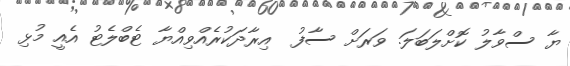
ޔާ ސްވާލު ކޮށްލަބަލަ. ވަރަށް ސާފު  އިރާދަކުރެއްވިއްޔާ ޓެބްލެޓު އެއީ މުޅި